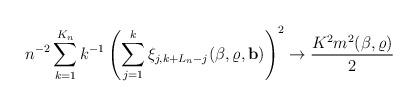
LaTeX: \begin{align*} n^{-2} \sum_{k=1}^{K_n} k^{-1} \left(\sum_{j=1}^k \xi_{j,k+L_n-j}( \beta, \varrho, \mathbf{b} ) \right)^2 \to \frac{K^2m^2( \beta, \varrho )}{2} \end{align*}